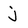
Character: j